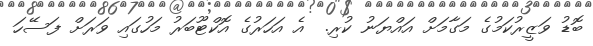
ބޮޑު ވަޒީރުކަމުގެ މަގާމަށް އައްޔަނު ކުރި.  އެ އަހަރުގެ އޮކްޓޫބަރު މަހުގައި ވަރަށް ފަސޭހަ